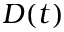
D ( t )